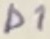
Text: D1